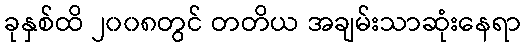
ခုနှစ်ထိ ၂၀၀၈တွင် တတိယ အချမ်းသာဆုံးနေရာ